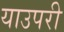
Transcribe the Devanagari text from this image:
याउपरी